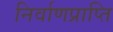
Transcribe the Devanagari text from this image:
निर्वाणप्राप्ति